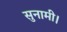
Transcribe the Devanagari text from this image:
सुनामी।